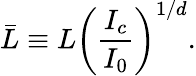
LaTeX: \bar{L}\equiv L\left(\frac{I_{c}}{I_{0}}\right)^{1/d}.